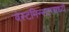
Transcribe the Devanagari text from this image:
वेस्टमिन्स्टरमध्ये